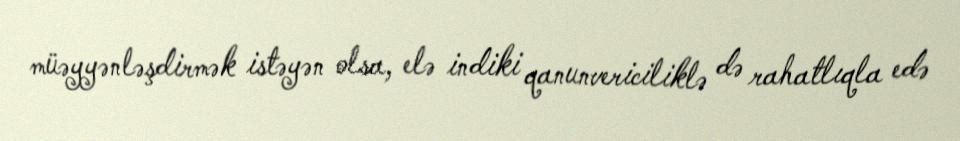
müəyyənləşdirmək istəyən olsa, elə indiki qanunvericiliklə də rahatlıqla edə